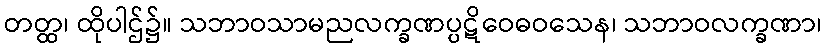
တတ္ထ၊ ထိုပါဌ်၌။ သဘာဝသာမညလက္ခဏပ္ပဋိဝေဓဝသေန၊ သဘာဝလက္ခဏာ၊